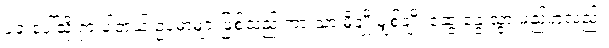
ပုခုံးပေါ်သို့ ရှားပါတယ် ဥပမာများဖြစ်သည် ကားသာ မှိုချိုးမျှစ်ချိုး ဆွေးနွေးသွားမည်ဟုလည်း